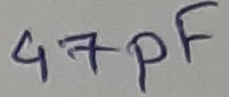
Text: 47pF